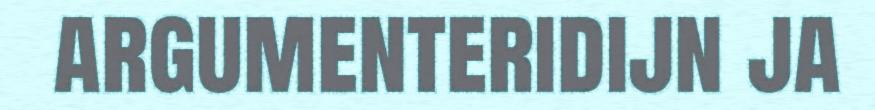
argumenteridijn ja